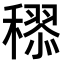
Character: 𥢩